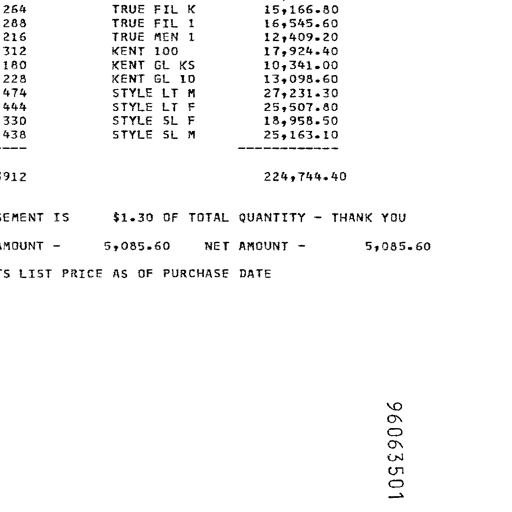
Transcript:
264 TRUE FIL K 15,166.80
288 TRUE FIL I 16,545.60
216 TRUE MEN I 12,409.20
312 KENT 100 17,924.40
180 KENT GL KS 10,341.00
228 KENT GL 10 13,098.60
474 STYLE LT M 27,231.30
444 STYLE LT F 25,507.80
330 STYLE SL F 18,958.50
438 STYLE SL M 25,163.10
---------- ----------
3912 224,744.40

SEMENT IS $1.30 OF TOTAL QUANTITY - THANK YOU

AMOUNT - 5,085.60 NET AMOUNT - 5,085.60

S LIST PRICE AS OF PURCHASE DATE

96063501